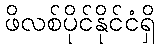
ဖိလစ်ပိုင်နိုင်ငံရှိ